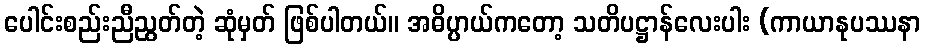
ပေါင်းစည်းညီညွတ်တဲ့ ဆုံမှတ် ဖြစ်ပါတယ်။ အဓိပ္ပာယ်ကတော့ သတိပဋ္ဌာန်လေးပါး (ကာယာနုပဿနာ